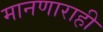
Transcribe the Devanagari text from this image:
मानणाराही